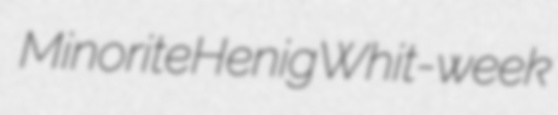
Minorite Henig Whit-week